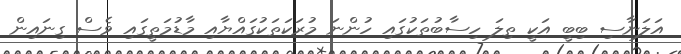
އަލަނާސި ބިބީ އަކީ ތިލަ ހިސާބުތަކުގައި ހުންނަ މުރަކަތަކުގައްޔާއި މާޑުމަތީގައި ވެސް ގިނައިން